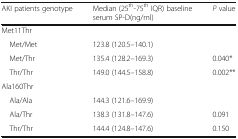
<table><thead><tr><td><b>AKI patients genotype</b></td><td><b>Median (25<sup>th</sup>-75<sup>th</sup> IQR) baseline serum SP-D(ng/ml)</b></td><td><b><i>P</i> value</b></td></tr></thead><tbody><tr><td colspan="3">Met11Thr</td></tr><tr><td> Met/Met</td><td>123.8 (120.5–140.1)</td><td></td></tr><tr><td> Met/Thr</td><td>135.4 (128.2–169.3)</td><td>0.040*</td></tr><tr><td> Thr/Thr</td><td>149.0 (144.5–158.8)</td><td>0.002**</td></tr><tr><td colspan="3">Ala160Thr</td></tr><tr><td> Ala/Ala</td><td>144.3 (121.6–169.9)</td><td></td></tr><tr><td> Ala/Thr</td><td>138.3 (131.8–147.6)</td><td>0.091</td></tr><tr><td> Thr/Thr</td><td>144.4 (124.8–147.6)</td><td>0.150</td></tr></tbody></table>